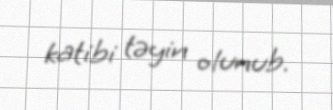
katibi təyin olunub.